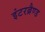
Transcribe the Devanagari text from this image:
इंटरब्रैण्ड